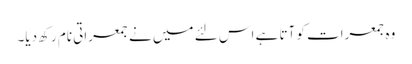
وہ جمعرات کو آتا ہے اس لئے میں نے جمعراتی نام رکھ دیا۔